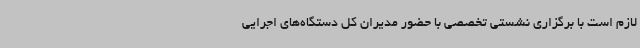
لازم است با برگزاری نشستی تخصصی با حضور مدیران کل دستگاه‌های اجرایی